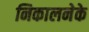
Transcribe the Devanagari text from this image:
निकालनेके